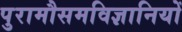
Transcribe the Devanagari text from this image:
पुरामौसमविज्ञानियों